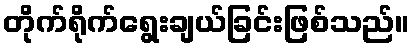
တိုက်ရိုက်ရွေးချယ်ခြင်းဖြစ်သည်။